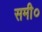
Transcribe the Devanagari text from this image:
समी०